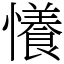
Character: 懩